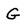
Character: G